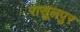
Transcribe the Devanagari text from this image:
रासूलपुर